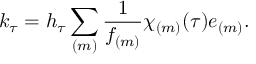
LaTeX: k _ { \tau } = h _ { \tau } \sum _ { ( m ) } \frac { 1 } { f _ { ( m ) } } \chi _ { ( m ) } ( \tau ) e _ { ( m ) } .